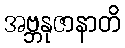
အဗ္ဘနုဇာနာတိ